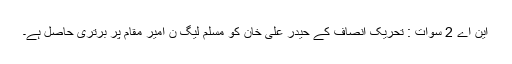
این اے 2 سوات : تحریک انصاف کے حیدر علی خان کو مسلم لیگ ن امیر مقام پر برتری حاصل ہے۔